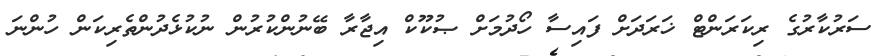
ސަރުކާރުގެ ރިކަރަންޓް ޚަރަދަށް ފައިސާ ހޯދުމަށް ޞުކޫކް އިޖާރާ ބޭނުންކުރުން ނުކުޅެދުންތެރިކަން ހުންނަ